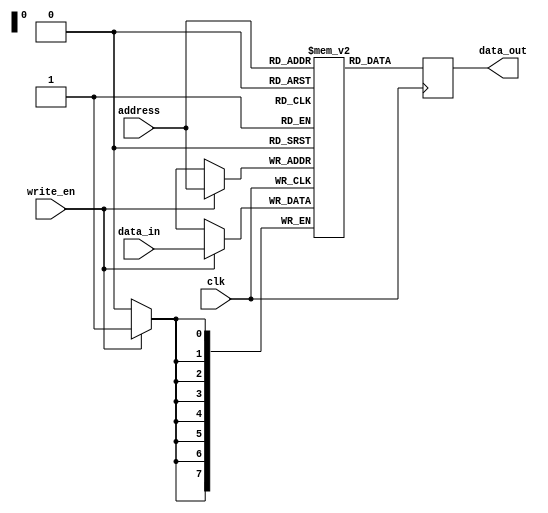
module DRAM(
    input wire clk,  // Clock signal
    input wire [7:0] address, // Memory address
    input wire write_en, // Write enable signal
    input wire [7:0] data_in, // Input data
    output reg [7:0] data_out // Output data
);

reg [7:0] memory [0:255]; // 256 memory locations

always @(posedge clk) begin
    if(write_en) begin
        memory[address] <= data_in; // Write data to memory at given address
    end
    data_out <= memory[address]; // Read data from memory at given address
end

endmodule